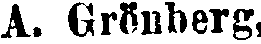
A. Grönberg,